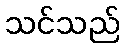
သင်သည်